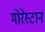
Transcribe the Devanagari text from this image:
मोरेस्टान